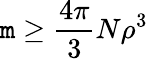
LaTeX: \mathtt{m}\ge\frac{{4\pi}}{{3}}N\rho^{3}